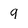
Character: q